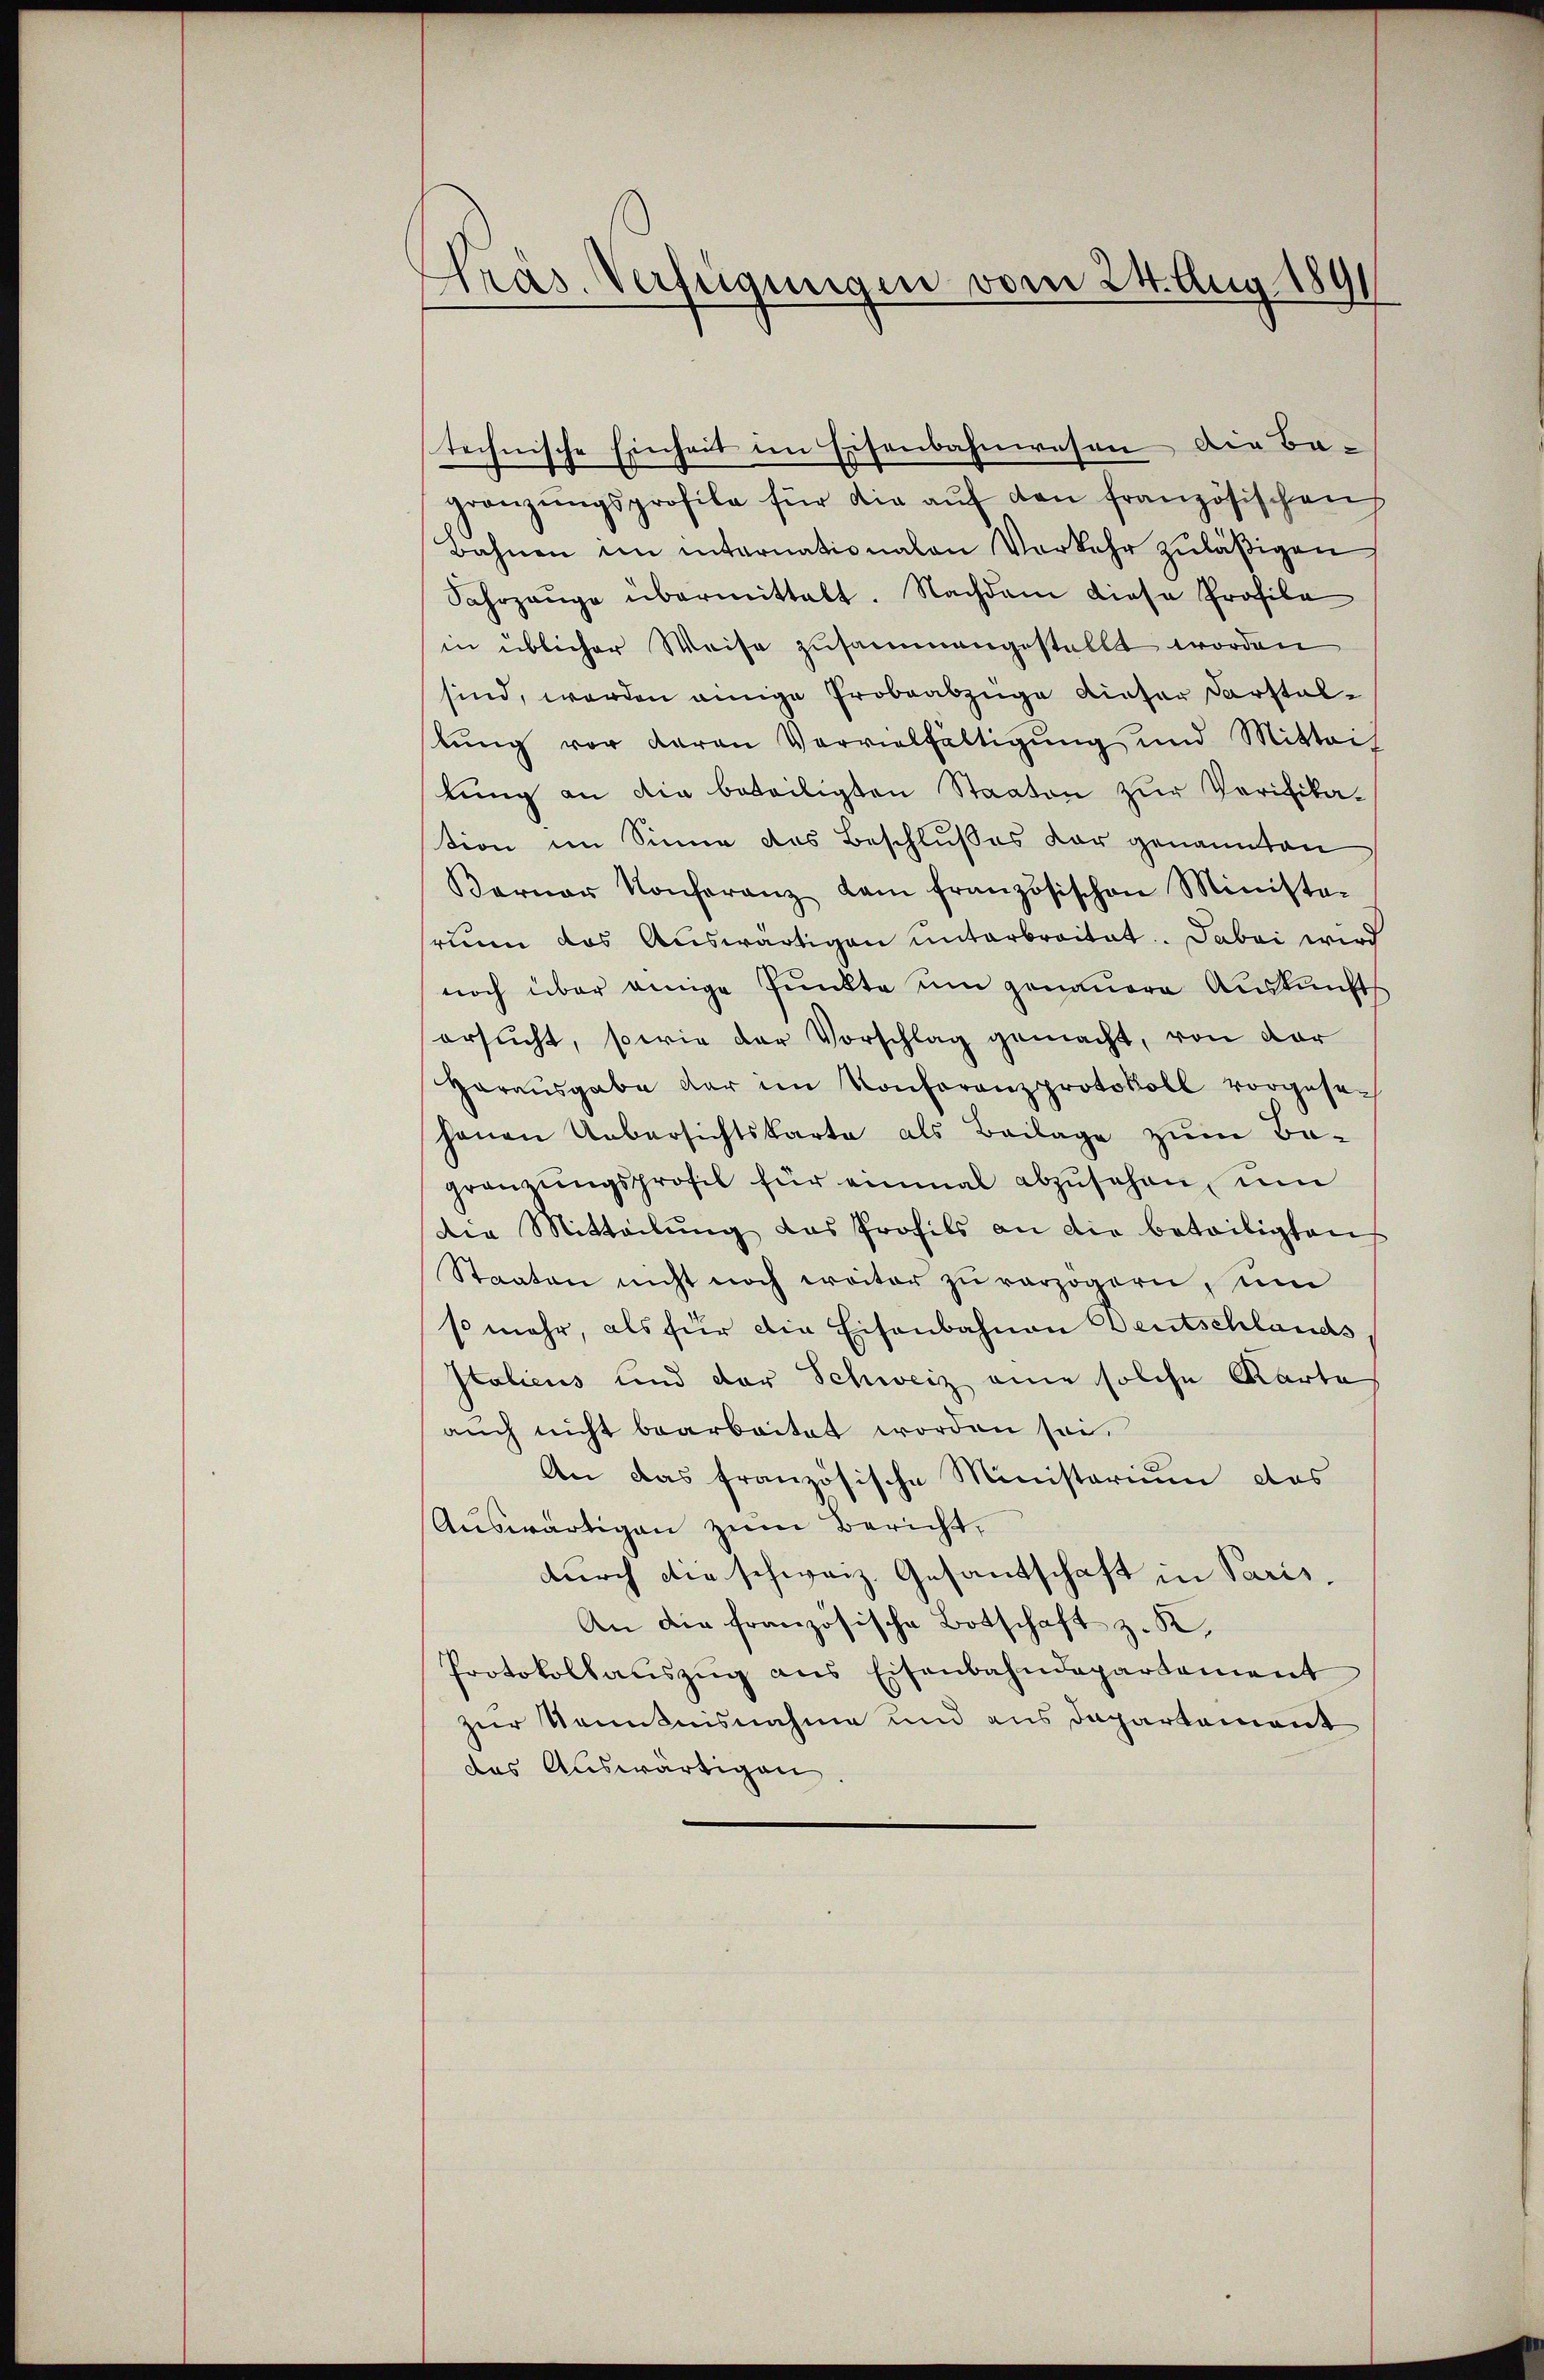
Pras. Verfügungen vom 24. Aug. 189

technische Einheit im Eisenbahnwesen die Be-
gränzŭngsprofile für die aŭf den französischen
Bahnen im internationalen Vorkehr zuläßigen
Sahrzeŭge übermittelt. Nachdem diese Profila
in üblicher Weise zusammengestellt worden
sind, werden einige Probeabzüge dieser Darstellung vor daran Vervielfältigung und Mitteil
lung an die beteiligten Staaten zur Verifikation im Sinne des Beschlußes vor genannten
Karner Konferanz kam französischen Ministe-
ruum das Auswärtigen unterbreitat. Dabei wird
noch über einige Punkte ŭm genauere Auskunft
ersucht, sowie der Vorschlag gemacht, von der
Harausgabe der im Konferenzprotokoll vorgesehenen Uebersichtskarte als Beilage zŭm Be-
gränzŭngsprofil für einmal abzŭsehen, ŭm
die Mitteilŭng das Profils an die beteiligten
Staaten nicht noch weiter zŭ verzögern, um
so mehr, als für die Eisenbahnen Deutschlands
Italicus und der Schweiz eine solche Karte
auch nicht bearbeitet worden sei.
An das französische Ministerium das
Auswärtigen zum Bericht,
durch die schweiz. Gesandschaft in Paris,
An die französische Botschaft z. K.
Protokollaŭszŭg ans Eisenbahndepartement
zur Kenntnisnahme und aus Departement
des Auswärtigen